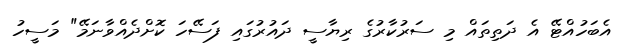
އެބަހުއްޓޭ އެ ދަތިތައް މި ސަރުކާރުގެ ރިޔާސީ ދައުރުގައި ފަސޭހަ ކޮށްދެއްވާނަމޭ" މަސީހު